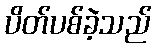
ပိတ်ပစ်ခဲ့သည်